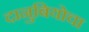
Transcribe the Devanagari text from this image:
दानुबियोचा